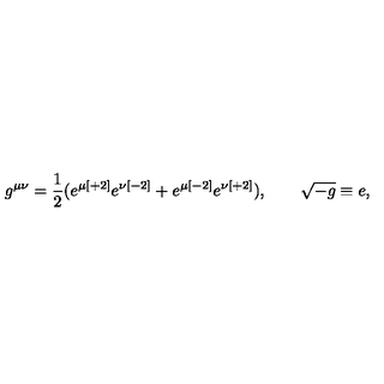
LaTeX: g ^ { \mu \nu } = { \frac { 1 } { 2 } } ( e ^ { \mu { [ + 2 ] } } e ^ { \nu { [ - 2 ] } } + e ^ { \mu { [ - 2 ] } } e ^ { \nu { [ + 2 ] } } ) , \qquad \sqrt { - g } \equiv e ,